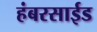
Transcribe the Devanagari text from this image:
हंबरसाईड